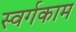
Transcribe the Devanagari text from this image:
स्वर्गकाम